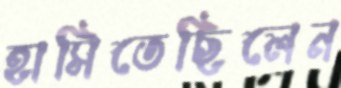
হাসিতেছিলেন